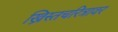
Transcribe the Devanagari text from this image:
ख्रिस्तचरित्रावर